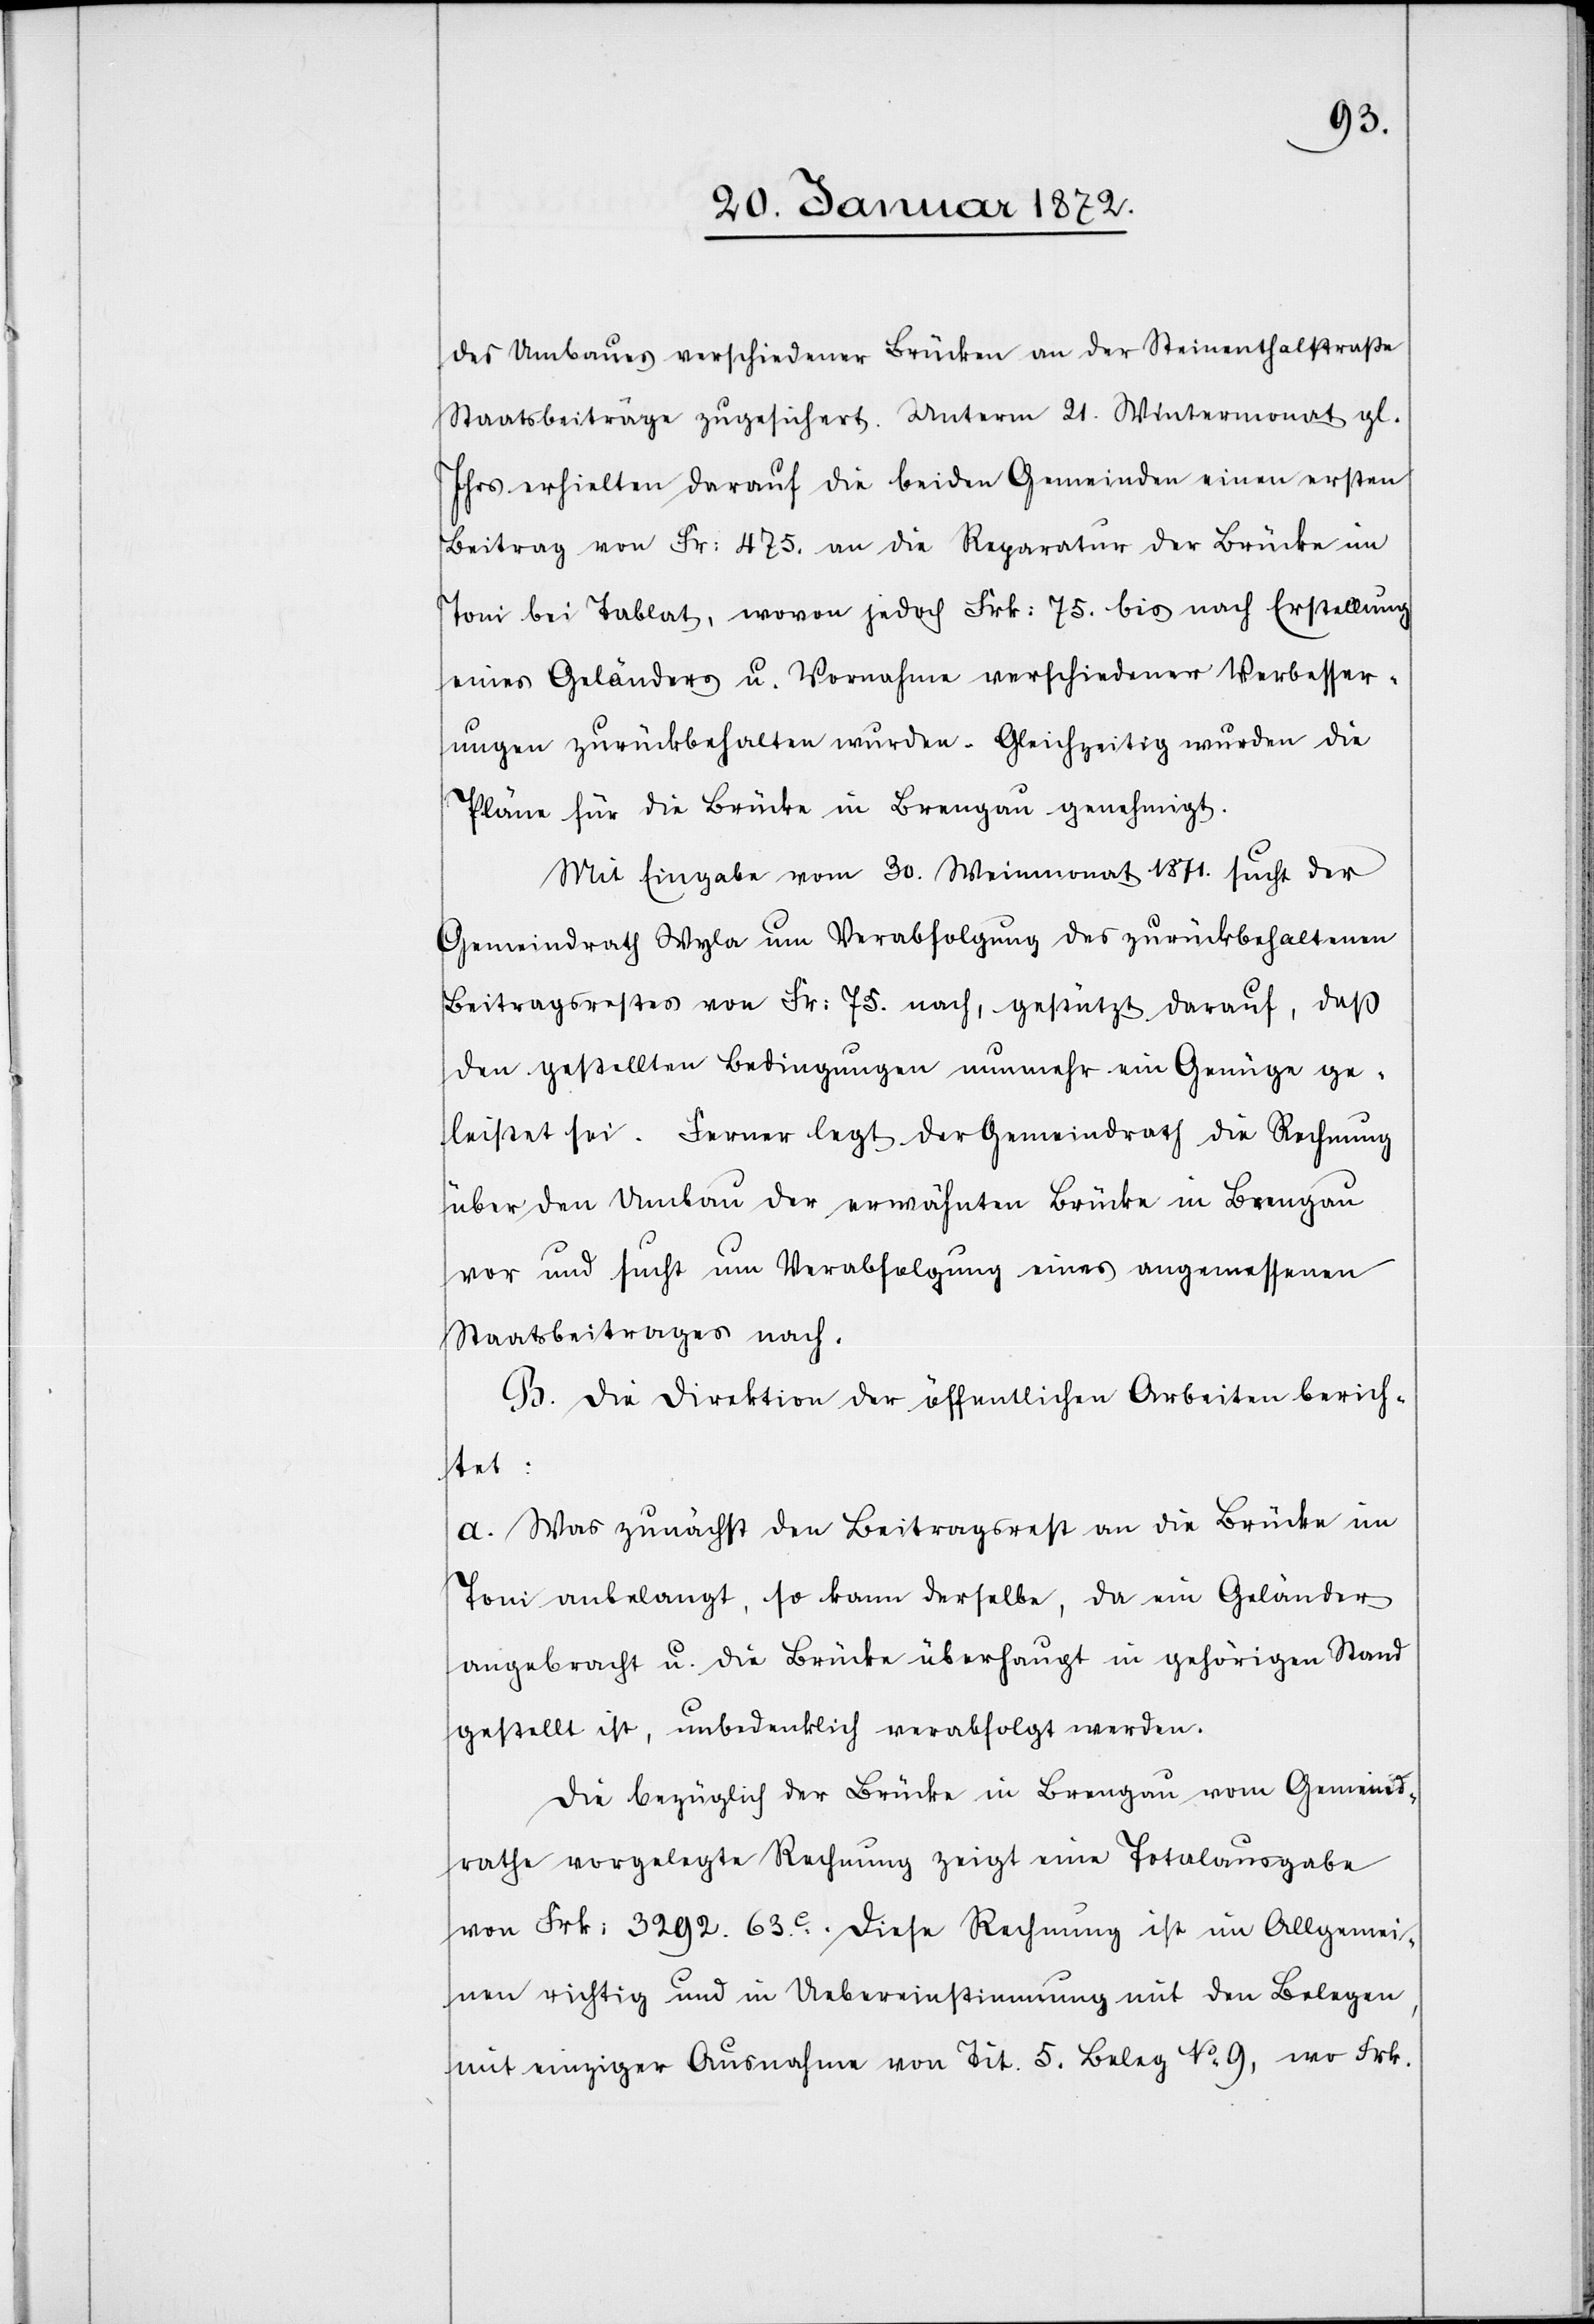
des Umbaus verschiedener Brücken an der Steinenthalstraße
Staatsbeiträge zugesichert. Unterm 21. Wintermonat gl.
Jahrs erhielten darauf die beiden Gemeinden einen ersten
Beitrag von Fr: 475. an die Reparatur der Brücke im
Toni bei Tablat, wovon jedoch Frk: 75. bis nach Erstellung
eines Geländers u. Vornahme verschiedener Verbesser¬
ungen zurückbehalten wurden. Gleichzeitig wurden die
Pläne für die Brücke in Brengau genehmigt.
Mit Eingabe vom 30. Weinmonat 1871. sucht der
Gemeindrath Wyla um Verabfolgung des zurückbehaltenen
Beitragsrestes von Fr: 75. nach, gestützt darauf, daß
den gestellten Bedingungen nunmehr ein Genüge ge¬
leistet sei. Ferner legt der Gemeindrath die Rechnung
über den Umbau der erwähnten Brücke in Brengau
vor und sucht um Verabfolgung eines angemessenen
Staatsbeitrages nach.
B. Die Direktion der öffentlichen Arbeiten berich¬
tet:
a. Was zunächst den Beitragsrest an die Brücke im
Toni anbelangt, so kann derselbe, da ein Geländer
angebracht u. die Brücke überhaupt in gehörigen Stand
gestellt ist, unbedenklich verabfolgt werden.
Die bezüglich der Brücke in Brengau vom Gemeind¬
rathe vorgelegte Rechnung zeigt eine Totalausgabe
von Frk: 3292. 63.c. Diese Rechnung ist im Allgemei¬
nen richtig und in Uebereinstimmung mit den Belegen,
mit einziger Ausnahme von Tit. 5. Beleg No 9, wo Frk.